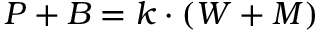
\textstyle P + B = k \cdot ( W + M ) \,